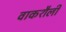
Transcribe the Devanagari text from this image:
वाकशैली